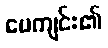
ပေကျင်း၏